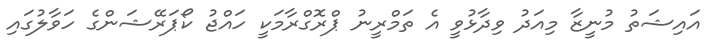
އައިޝަތު މުނީޒާ މިއަދު ވިދާޅުވީ އެ ތަމްރީނު ޕްރޮގްރާމަކީ ހައްޖު ކޯޕަރޭޝަންގެ ހަވާލުގައި